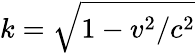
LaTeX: k={\sqrt{1-v^{2}/c^{2}}}